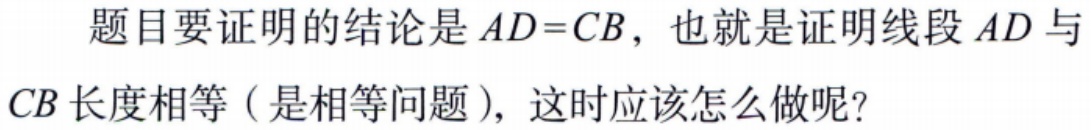
题目要证明的结论是 \(AD = CB\)，也就是证明线段 \(AD\) 与 \(CB\) 长度相等（是相等问题），这时应该怎么做呢？